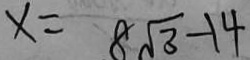
x = 8 \sqrt { 3 } - 1 4